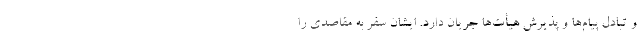
و تبادل پیام‌ها و پذیرش هیأت‌ها جریان دارد. ایشان سفر به مقاصدی را